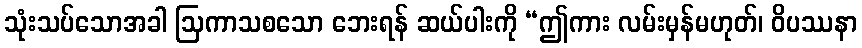
သုံးသပ်သောအခါ ဩကာသစသော ဘေးရန် ဆယ်ပါးကို “ဤကား လမ်းမှန်မဟုတ်၊ ဝိပဿနာ